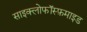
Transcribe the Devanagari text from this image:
साइक्लोफॉस्फ़माइड